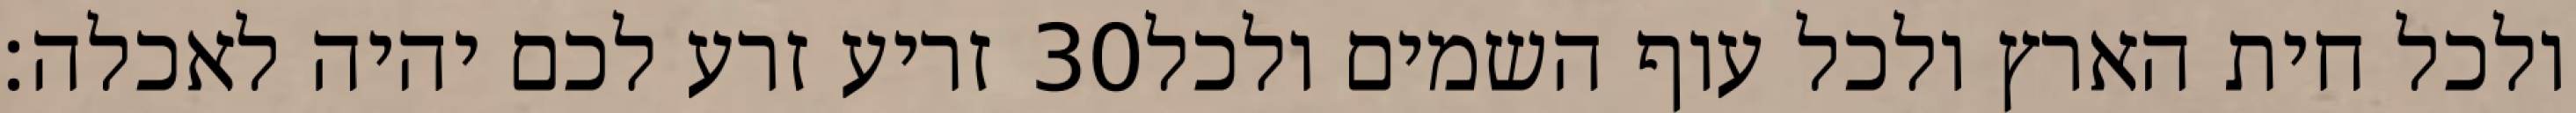
זריע זרע לכם יהיה לאכלה׃ ‎30‏ ולכל חית הארץ ולכל עוף השמים ולכל